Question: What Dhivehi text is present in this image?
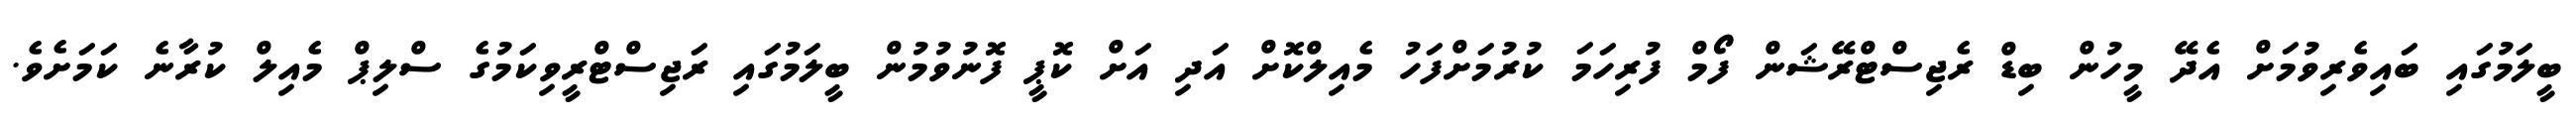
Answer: ބީލަމުގައި ބައިވެރިވުމަށް އެދޭ މީހުން ބިޑް ރެޖިސްޓްރޭޝަން ފޯމް ފުރިހަމަ ކުރުމަށްފަހު މެއިލްކޮށް އަދި އަށް ކޮޕީ ފޮނުވުމުން ބީލަމުގައި ރަޖިސްޓްރީވިކަމުގެ ސްލިޕް މެއިލް ކުރާނެ ކަމަށެވެ.